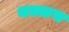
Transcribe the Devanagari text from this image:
थक्कच